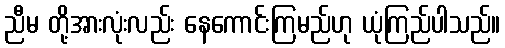
ညီမ တို့အားလုံးလည်း နေကောင်းကြမည်ဟု ယုံကြည်ပါသည်။